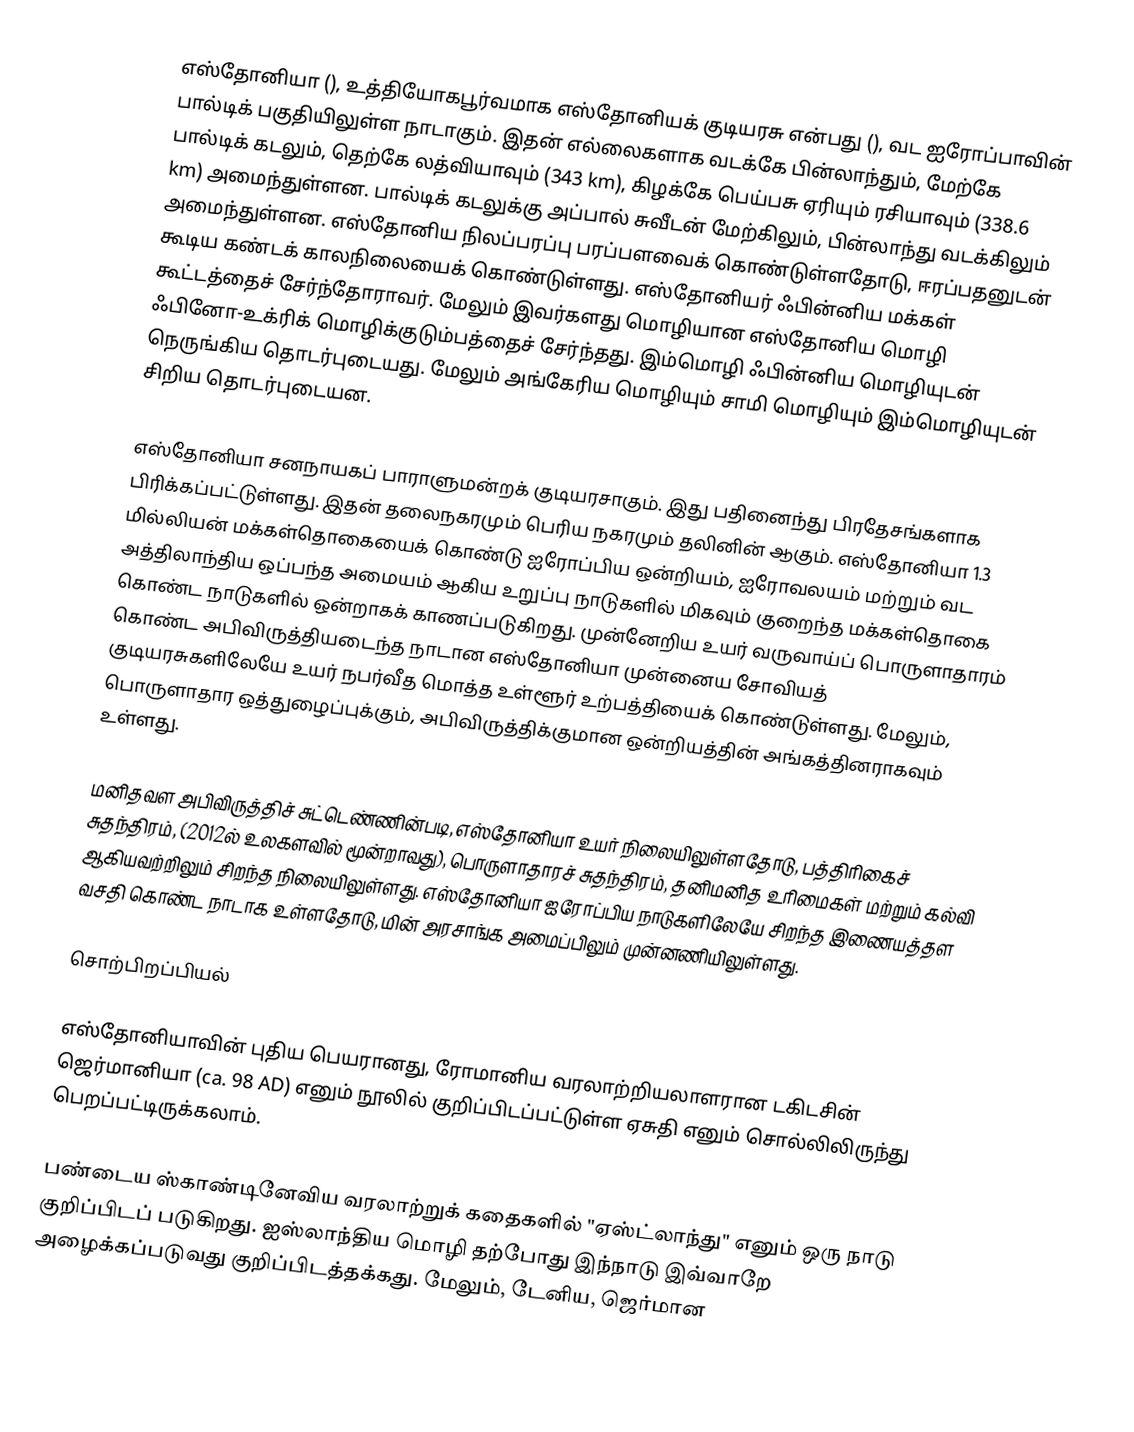
எஸ்தோனியா  (), உத்தியோகபூர்வமாக எஸ்தோனியக் குடியரசு என்பது (), வட ஐரோப்பாவின் பால்டிக் பகுதியிலுள்ள நாடாகும். இதன் எல்லைகளாக வடக்கே பின்லாந்தும், மேற்கே பால்டிக் கடலும், தெற்கே லத்வியாவும் (343 km), கிழக்கே பெய்பசு ஏரியும் ரசியாவும் (338.6 km) அமைந்துள்ளன. பால்டிக் கடலுக்கு அப்பால் சுவீடன் மேற்கிலும், பின்லாந்து வடக்கிலும் அமைந்துள்ளன. எஸ்தோனிய நிலப்பரப்பு  பரப்பளவைக் கொண்டுள்ளதோடு, ஈரப்பதனுடன் கூடிய கண்டக் காலநிலையைக் கொண்டுள்ளது. எஸ்தோனியர் ஃபின்னிய மக்கள் கூட்டத்தைச் சேர்ந்தோராவர். மேலும் இவர்களது மொழியான எஸ்தோனிய மொழி ஃபினோ-உக்ரிக் மொழிக்குடும்பத்தைச் சேர்ந்தது. இம்மொழி ஃபின்னிய மொழியுடன் நெருங்கிய தொடர்புடையது. மேலும் அங்கேரிய மொழியும் சாமி மொழியும் இம்மொழியுடன் சிறிய தொடர்புடையன.

எஸ்தோனியா சனநாயகப் பாராளுமன்றக் குடியரசாகும். இது பதினைந்து பிரதேசங்களாக பிரிக்கப்பட்டுள்ளது. இதன் தலைநகரமும் பெரிய நகரமும் தலினின் ஆகும். எஸ்தோனியா 1.3 மில்லியன் மக்கள்தொகையைக் கொண்டு ஐரோப்பிய ஒன்றியம், ஐரோவலயம் மற்றும் வட அத்திலாந்திய ஒப்பந்த அமையம் ஆகிய உறுப்பு நாடுகளில் மிகவும் குறைந்த மக்கள்தொகை கொண்ட நாடுகளில் ஒன்றாகக் காணப்படுகிறது. முன்னேறிய உயர் வருவாய்ப் பொருளாதாரம் கொண்ட அபிவிருத்தியடைந்த நாடான எஸ்தோனியா முன்னைய சோவியத் குடியரசுகளிலேயே உயர் நபர்வீத மொத்த உள்ளூர் உற்பத்தியைக் கொண்டுள்ளது. மேலும், பொருளாதார ஒத்துழைப்புக்கும், அபிவிருத்திக்குமான ஒன்றியத்தின் அங்கத்தினராகவும் உள்ளது.

மனிதவள அபிவிருத்திச் சுட்டெண்ணின்படி, எஸ்தோனியா உயர் நிலையிலுள்ளதோடு, பத்திரிகைச் சுதந்திரம், (2012ல் உலகளவில் மூன்றாவது), பொருளாதாரச் சுதந்திரம், தனிமனித உரிமைகள் மற்றும் கல்வி ஆகியவற்றிலும் சிறந்த நிலையிலுள்ளது. எஸ்தோனியா ஐரோப்பிய நாடுகளிலேயே சிறந்த இணையத்தள வசதி கொண்ட நாடாக உள்ளதோடு, மின் அரசாங்க அமைப்பிலும் முன்னணியிலுள்ளது.

சொற்பிறப்பியல்

எஸ்தோனியாவின் புதிய பெயரானது, ரோமானிய வரலாற்றியலாளரான டகிடசின் ஜெர்மானியா (ca. 98 AD) எனும் நூலில் குறிப்பிடப்பட்டுள்ள ஏசுதி எனும் சொல்லிலிருந்து பெறப்பட்டிருக்கலாம்.

பண்டைய ஸ்காண்டினேவிய வரலாற்றுக் கதைகளில் "ஏஸ்ட்லாந்து" எனும் ஒரு நாடு குறிப்பிடப் படுகிறது. ஐஸ்லாந்திய மொழி தற்போது இந்நாடு இவ்வாறே அழைக்கப்படுவது குறிப்பிடத்தக்கது. மேலும், டேனிய, ஜெர்மான